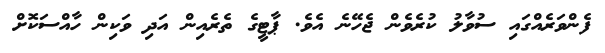
ފެންވަރެއްގައި ސުވާލު ކުރެވެން ޖެހޭނެ އެވެ. ޕާޓީގެ ތެރެއިން އަދި ވަކިން ހާއްސަކޮށް